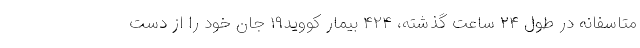
متاسفانه در طول ۲۴ ساعت گذشته، ۴۲۴ بیمار کووید۱۹ جان خود را از دست